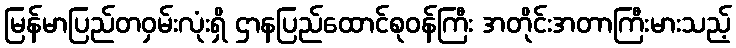
မြန်မာပြည်တဝှမ်းလုံးရှိ ဌာနပြည်ထောင်စုဝန်ကြီး အတိုင်းအတာကြီးမားသည့်